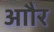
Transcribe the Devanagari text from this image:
आौर